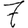
Digit: 7